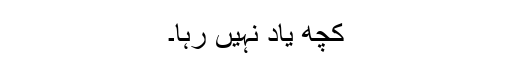
کچھ یاد نہیں رہا۔